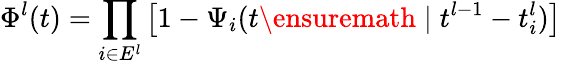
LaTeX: \Phi^{l}(t)=\prod_{i\in E^{l}}\left[1-\Psi_{i}(t\ensuremath{\; |\; }t^{l-1}-t_{i}^{l})\right]